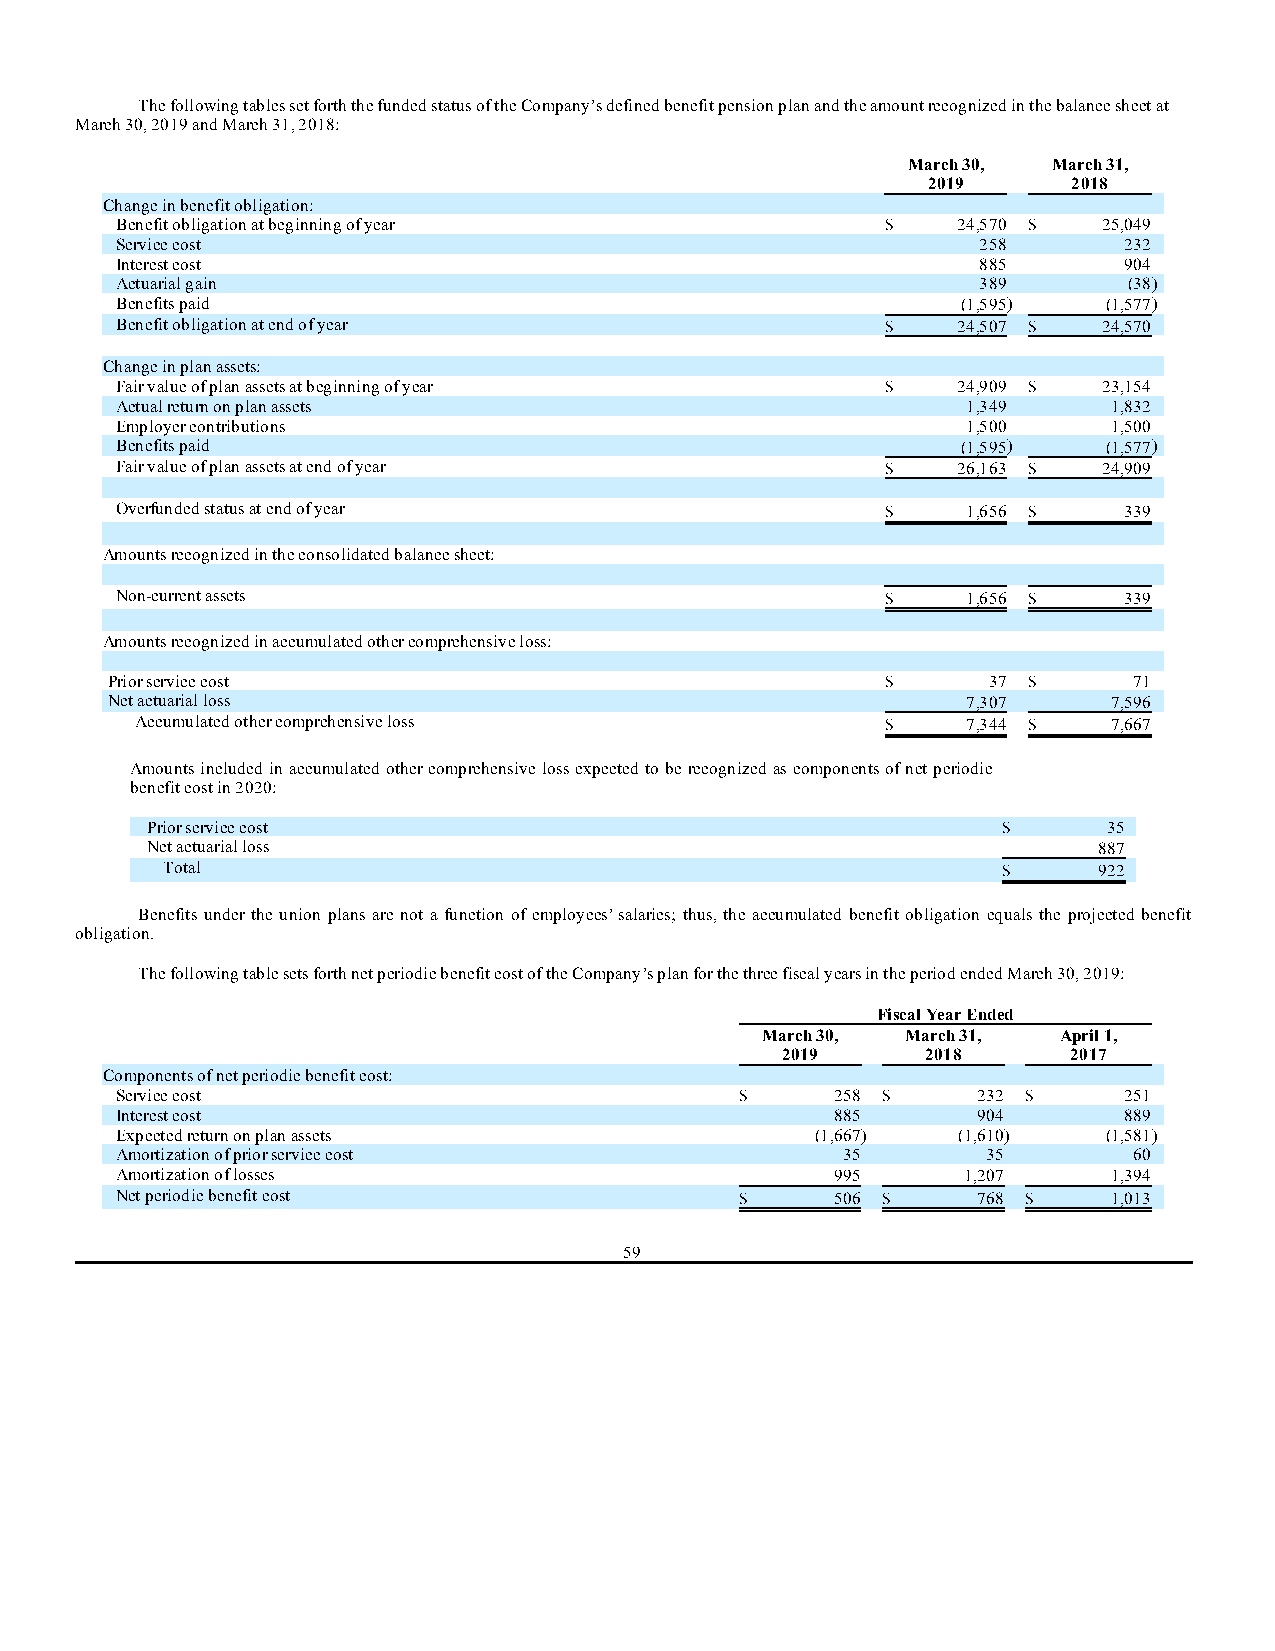
The following tables set forth the funded status of the Company’s defined benefit pension plan and the amount recognized in the balance sheet at
 March 30, 2019 and March 31, 2018:
 March 30, March 31,
 2019      2018
 Change in benefit obligation:
 Benefit obligation at beginning of year            $   24,570 $  25,049
 Service cost                                             258      232
 Interest cost                                            885      904
 Actuarial gain                                           389       (38)
 Benefits paid                                           (1,595)  (1,577)
 Benefit obligation at end of year                  $   24,507 $  24,570
 Change in plan assets:
 Fair value of plan assets at beginning of year     $   24,909 $  23,154
 Actual return on plan assets                            1,349     1,832
 Employer contributions                                  1,500     1,500
 Benefits paid                                           (1,595)  (1,577)
 Fair value of plan assets at end of year           $   26,163 $  24,909
 Overfunded status at end of year                   $    1,656 $   339
 Amounts recognized in the consolidated balance sheet:
 Non-current assets                                 $    1,656 $   339
 Amounts recognized in accumulated other comprehensive loss:
 Prior service cost                                  $     37 $      71
 Net actuarial loss                                       7,307     7,596
 Accumulated other comprehensive loss              $    7,344 $   7,667
 Amounts included in accumulated other comprehensive loss expected to be recognized as components of net periodic
 benefit cost in 2020:
 Prior service cost                                      $      35
 Net actuarial loss                                             887
 Total                                                  $      922
 Benefits under the union plans are not a function of employees’ salaries; thus, the accumulated benefit obligation equals the projected benefit
 obligation.
 The following table sets forth net periodic benefit cost of the Company’s plan for the three fiscal years in the period ended March 30, 2019:
 Fiscal Year Ended
 March 30, March 31, April 1,
 2019     2018      2017
 Components of net periodic benefit cost:
 Service cost                             $     258 $     232 $    251
 Interest cost                                  885       904      889
 Expected return on plan assets                (1,667)  (1,610)   (1,581)
 Amortization of prior service cost              35       35        60
 Amortization of losses                         995      1,207     1,394
 Net periodic benefit cost                $     506 $     768 $    1,013
 59